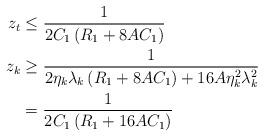
LaTeX: \begin{align*}z_{t} & \le\frac{1}{2C_{1}\left(R_{1}+8AC_{1}\right)}\\z_{k} & \ge\frac{1}{2\eta_{k}\lambda_{k}\left(R_{1}+8AC_{1}\right)+16A\eta_{k}^{2}\lambda_{k}^{2}}\\ & =\frac{1}{2C_{1}\left(R_{1}+16AC_{1}\right)}\end{align*}